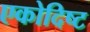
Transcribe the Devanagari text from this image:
एकोदिष्ट